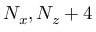
N _ { x } , N _ { z } + 4